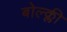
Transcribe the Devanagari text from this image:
बोल्क्ली